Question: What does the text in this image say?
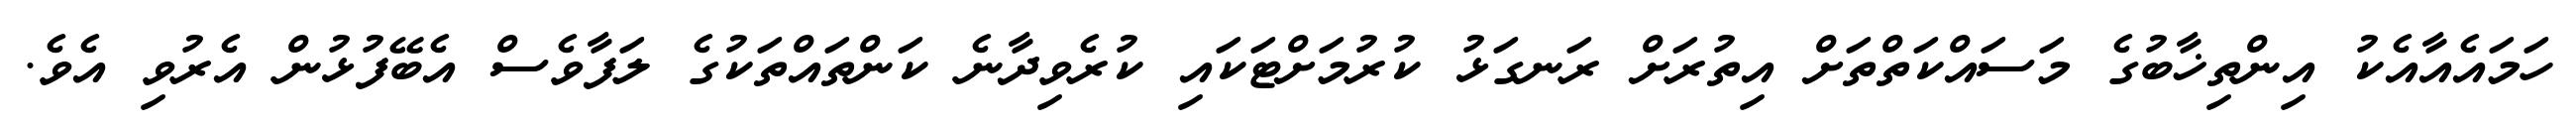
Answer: ހަމައެއާއެކު އިންތިޚާބުގެ މަސައްކަތްތަށް އިތުރަށް ރަނގަޅު ކުރުމަށްޓަކައި ކުރެވިދާނެ ކަންތައްތަކުގެ ލަފާވެސް އެބޭފުޅުން އެރުވި އެވެ.